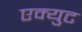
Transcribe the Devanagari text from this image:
एक्युट